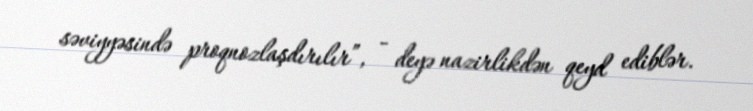
səviyyəsində proqnozlaşdırılır”, - deyə nazirlikdən qeyd ediblər.